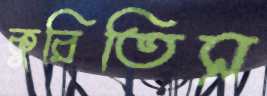
কুরিতিস